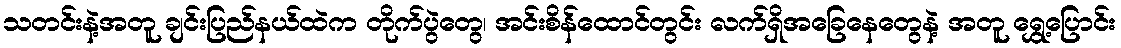
သတင်းနဲ့အတူ ချင်းပြည်နယ်ထဲက တိုက်ပွဲတွေ၊ အင်းစိန်ထောင်တွင်း လက်ရှိအခြေနေတွေနဲ့ အတူ ရွှေ့ပြောင်း